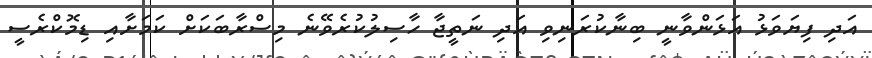
އަދި ފިޔަވަޅު އަޅަންވާނީ ބިނާކުރަނިވި އަދި ނަތީޖާ ހާސިލުކުރެވޭނެ މިސްރާބަކަށް ކަމަށާއި ޑިމޮކްރެސީ